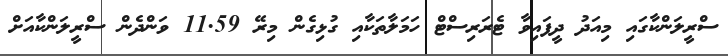
ސްރީލަންކާގައި މިއަދު ދީފައިވާ ޓެރަރިސްޓް ހަމަލާތަކާއި ގުޅިގެން މިރޭ 11.59 ވަންދެން ސްރީލަންކާއަށް